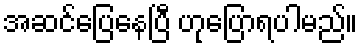
အဆင်ပြေနေပြီ ဟုပြောရပါမည်။